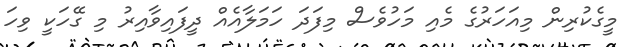
މީގެކުރިން މިއަހަރުގެ މެއި މަހުވެސް މިފަދަ ހަމަލާއެއް ދީފައިވާއިރު މި ގޭހަކީ ވިހަ